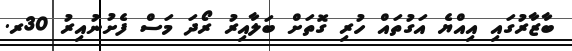
ބާޒާރުގައި އިއްޔެ އަގުތައް ހުރި ގޮތަށް ބަލާއިރު ރޯދަ މަސް ފެށުނުއިރު 30ރ.